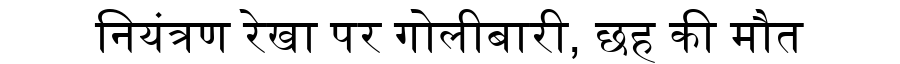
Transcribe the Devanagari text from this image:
नियंत्रण रेखा पर गोलीबारी, छह की मौत